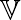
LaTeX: \mathbb V